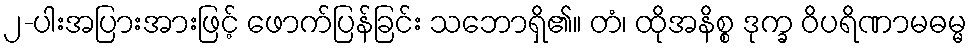
၂-ပါးအပြားအားဖြင့် ဖောက်ပြန်ခြင်း သဘောရှိ၏။ တံ၊ ထိုအနိစ္စ ဒုက္ခ ဝိပရိဏာမဓမ္မ